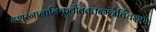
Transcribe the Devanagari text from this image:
दशस्नानानिकुर्वीततत्तन्मंत्रैर्विचक्षणः